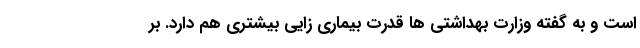
است و به گفته وزارت بهداشتی ها قدرت بیماری زایی بیشتری هم دارد. بر